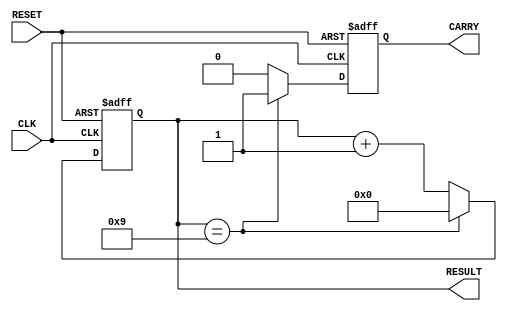
module BCD_Counter(CLK,RESET,RESULT,CARRY);
	input CLK;
	input RESET;
	output reg [3:0]RESULT;
	output reg CARRY=0;

	always @(posedge CLK or posedge RESET)begin
		if(RESET)begin
			RESULT<=4'b0000;
			CARRY<=0;
		end
		else begin
			if(RESULT==4'b1001)begin
				RESULT<=4'b0000;
				CARRY<=1;
			end
			else begin
				RESULT<=RESULT+1;
				CARRY<=0;
			end
		end
	end
endmodule